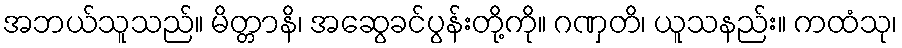
အဘယ်သူသည်။ မိတ္တာနိ၊ အဆွေခင်ပွန်းတို့ကို။ ဂဏှတိ၊ ယူသနည်း။ ကထံသု၊